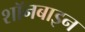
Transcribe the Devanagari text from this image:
शॉनबाइन